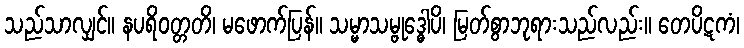
သည်သာလျှင်။ နပရိဝတ္တတိ၊ မဖောက်ပြန်။ သမ္မာသမ္ဗုဒ္ဓေါပိ၊ မြတ်စွာဘုရားသည်လည်း။ တေပိဋကံ၊